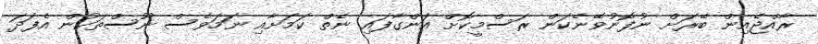
ރާއްޖެއިން ބޭރަށް ނުފޮނުވޭނެކަން ރަސްމީކޮށް އަންގާފައި ނެތް ކަމަށާއި ނަމަވެސް ނޫސްތަކުން އެފަދަ